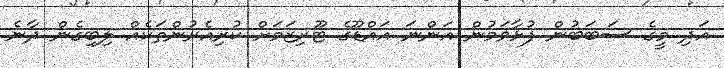
އަދި މީގެ ސަބަބުން ފުޅާވަމުން އަންނަ އައްޑޫގެ ޓޫރިޒަމަށް ކުރިއެރުންތަކެއް ލިބިގެން ދާނެ